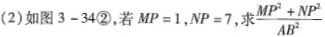
(2)如图3-34②，若MP=1，NP=7，求 $$\frac { M P ^ { 2 } + N P ^ { 2 } } { A B ^ { 2 } }$$